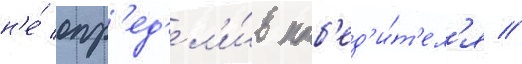
н'е́ опр'ед'ел'и́в поб'ед'и́т'ел'я //